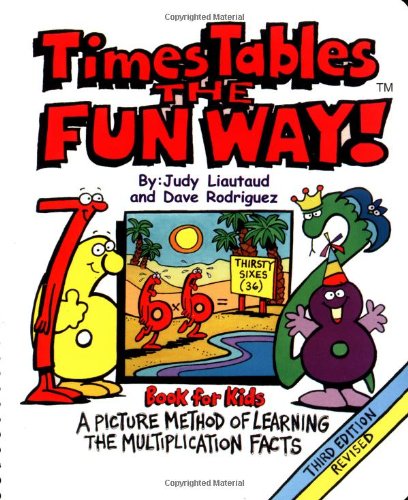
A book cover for Times Tables the Fun Way: Book for Kids: A Picture Method of Learning the Multiplication Facts; Judy Liautaud; Children's Books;